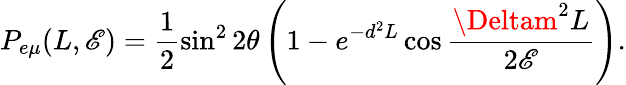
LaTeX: P_{e\mu}(L,\mathscr{E})=\frac{{1}}{{2}}\sin^{2}2\theta\left(1-e^{-d^{2}L}\cos\frac{{\Deltam^{2}L}}{{2\mathscr{E}}}\right).